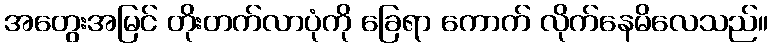
အတွေးအမြင် တိုးတက်လာပုံကို ခြေရာ ကောက် လိုက်နေမိလေသည်။